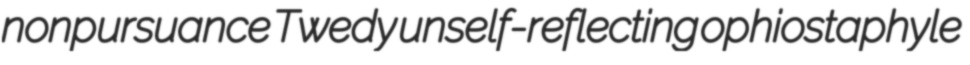
nonpursuance Twedy unself-reflecting ophiostaphyle